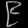
Digit: ၉